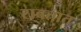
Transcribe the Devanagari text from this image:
राबतात